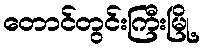
တောင်တွင်းကြီးမြို့